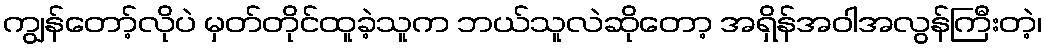
ကျွန်တော့်လိုပဲ မှတ်တိုင်ထူခဲ့သူက ဘယ်သူလဲဆိုတော့ အရှိန်အဝါအလွန်ကြီးတဲ့၊